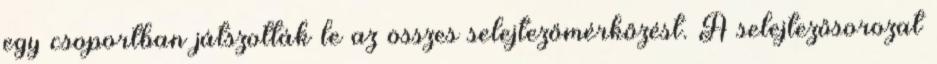
egy csoportban játszották le az összes selejtezőmérkőzést. A selejtezősorozat